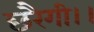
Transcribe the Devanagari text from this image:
छरैगी।।